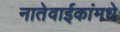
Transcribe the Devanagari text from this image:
नातेवाईकांमधे